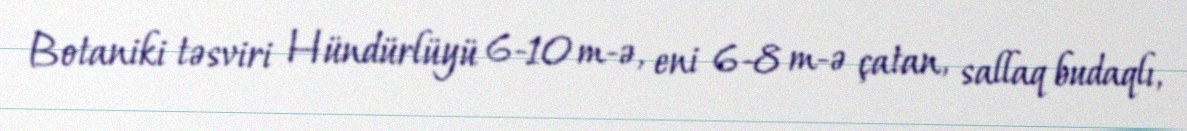
Botaniki təsviri Hündürlüyü 6-10 m-ə, eni 6-8 m-ə çatan, sallaq budaqlı,